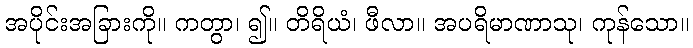
အပိုင်းအခြားကို။ ကတွာ၊ ၍။ တိရိယံ၊ ဖီလာ။ အပရိမာဏာသု၊ ကုန်သော။